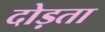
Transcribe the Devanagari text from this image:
दोड़ता